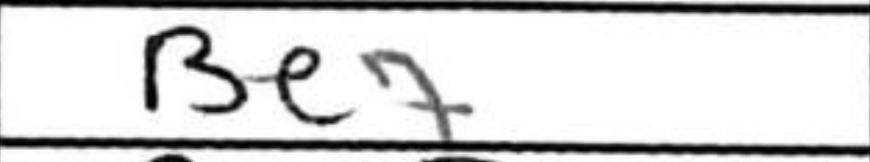
Transcription: Be7